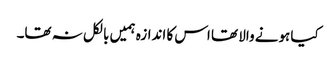
کیا ہونے والا تھا اس کا اندازہ ہمیں بالکل نہ تھا۔